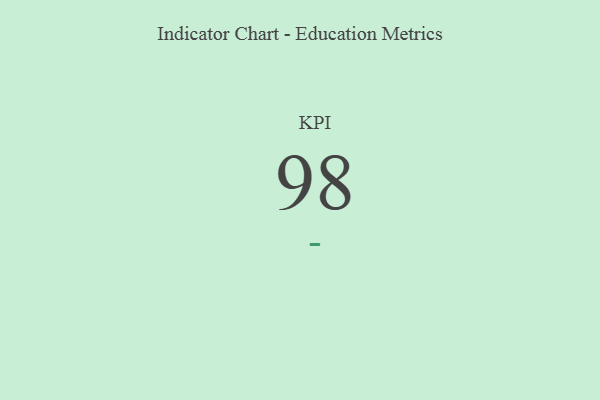
{"axis": {"x": "KPI", "y": "Value"}, "legend": [""], "data": [{"x": "KPI", "y": 98, "type": ""}]}